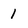
Character: 1